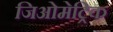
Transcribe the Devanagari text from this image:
जिओमेट्रिक